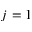
j = 1